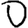
Digit: 0